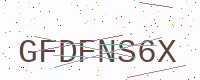
Text: GFDFNS6X